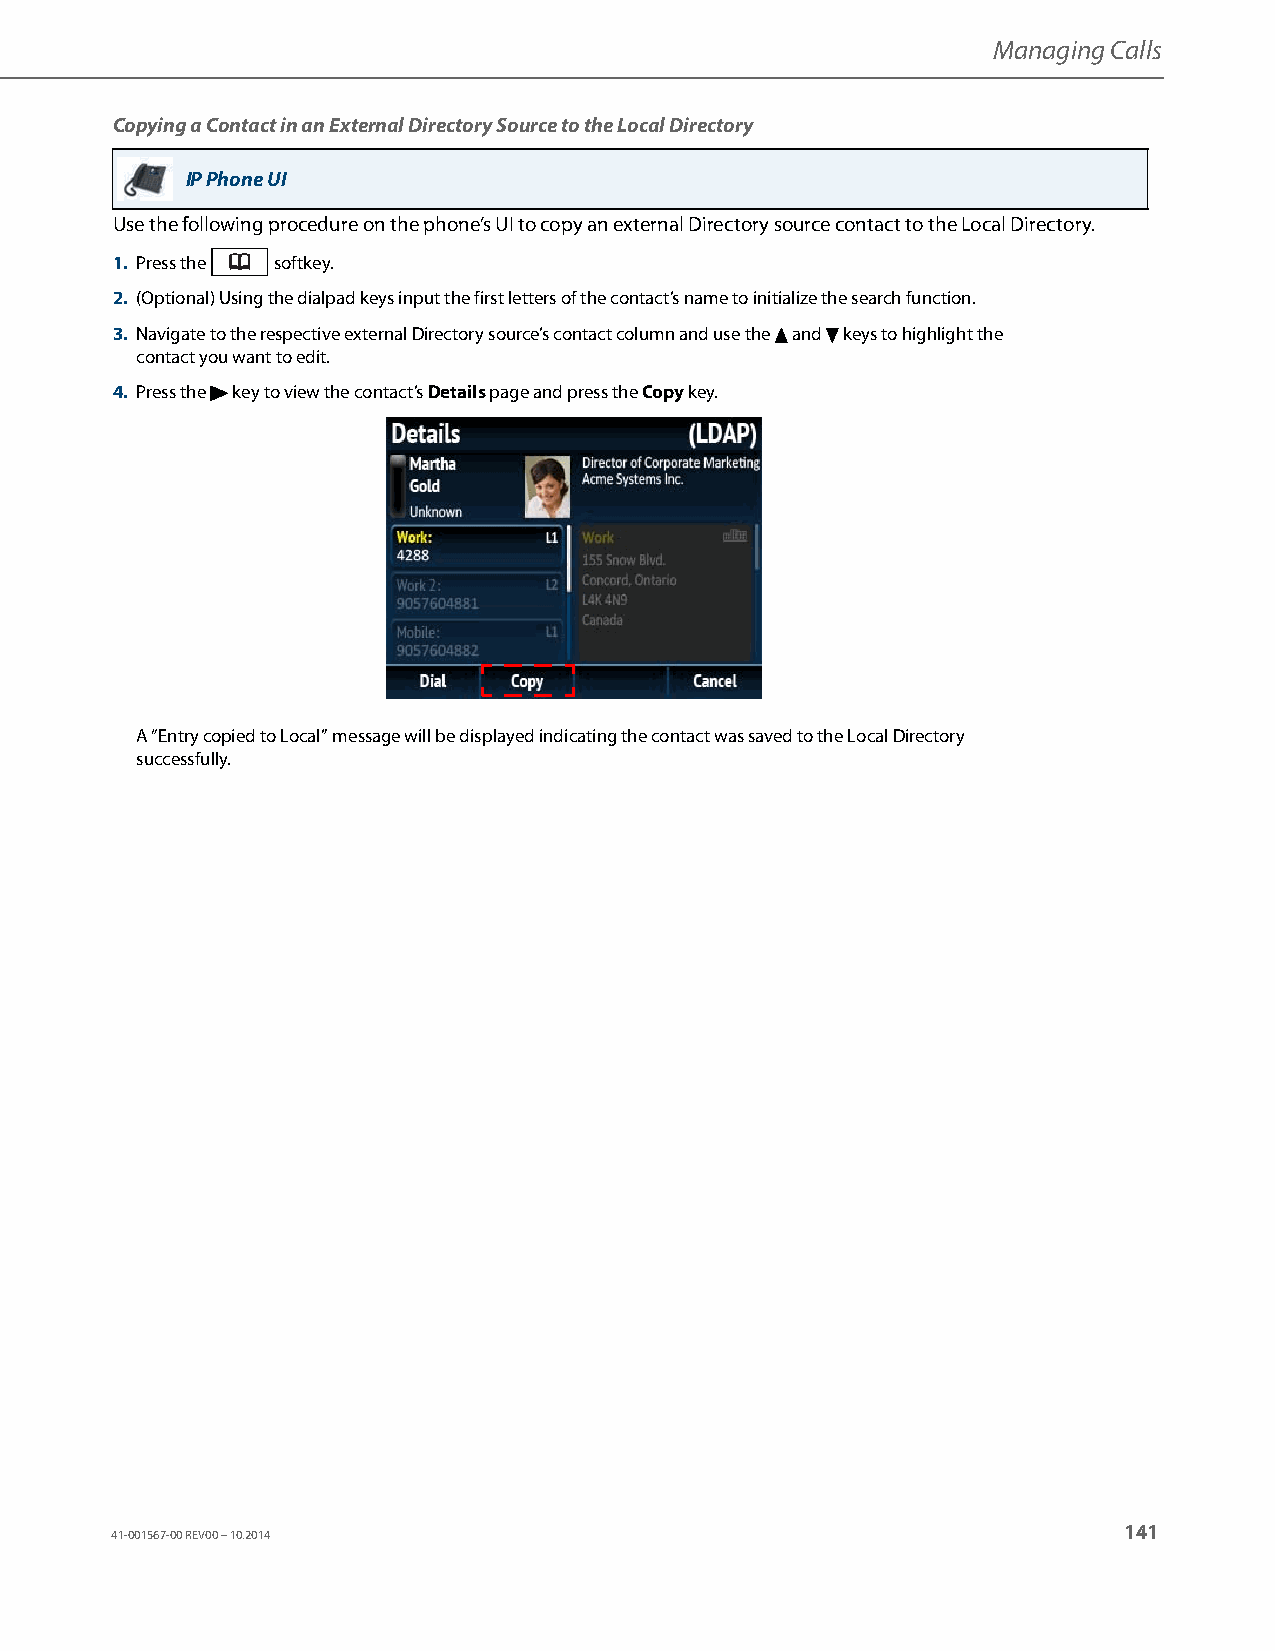
Managing Calls
 Copying a Contact in an External Directory Source to the Local Directory
 IP Phone UI
 Use the following procedure on the phone’s UI to copy an external Directory source contact to the Local Directory.
 1. Press the softkey.
 2. (Optional) Using the dialpad keys input the first letters of the contact’s name to initialize the search function.
 3. Navigate to the respective external Directory source’s contact column and use the 5 and 2 keys to highlight the
 contact you want to edit.
 4. Press the 4 key to view the contact’s Details page and press the Copy key.
 A “Entry copied to Local” message will be displayed indicating the contact was saved to the Local Directory
 successfully.
 141
 41-001567-00 REV00 – 10.2014